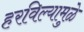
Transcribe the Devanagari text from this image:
हरविल्यामुळे